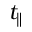
t _ { \parallel }